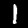
Label: 1